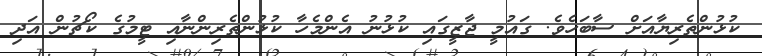
ކުޅުންތެރިޔާއަށް ސާބަހެވެ. ގައުމީ ޖާޒީގައި ކުޅުނު އެންމެހާ ކުޅުންތެރިންނާއި ޓީމުގެ ކޯޗުން އަދި